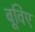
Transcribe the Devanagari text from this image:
बूविए